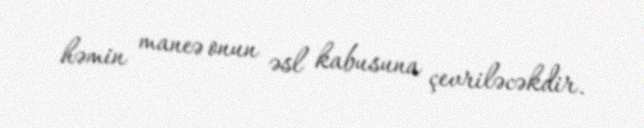
həmin maneə onun əsl kabusuna çevriləcəkdir.